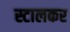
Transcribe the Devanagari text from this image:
स्टालकर